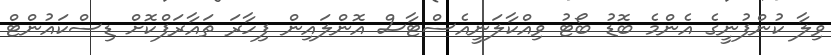
ވިލާ ކުންފުނީގެ އެންމެ ބޮޑު ބޯޓު ވިއްކާލަނީއެސްޓާސް އޮންލައިން ފިހާރަ ތައާރަފްކޮށް ޑިސްކައުންޓް